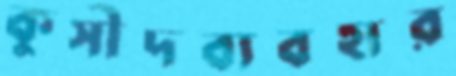
কুসীদব্যবহার